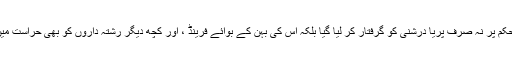
عدالت کے حکم پر نہ صرف پریا درشنی کو گرفتار کر لیا گیا بلکہ اس کی بہن کے بوائے فرینڈ ، اور کچھ دیگر رشتہ داروں کو بھی حراست میں لے لیا گیا۔